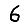
Digit: 6